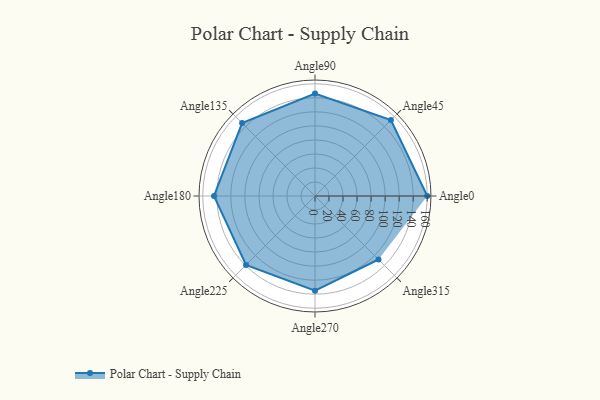
{"axis": {"x": "Angle", "y": "Radius"}, "legend": [""], "data": [{"x": "Angle0", "y": 160.0, "type": ""}, {"x": "Angle45", "y": 153.0, "type": ""}, {"x": "Angle90", "y": 146.0, "type": ""}, {"x": "Angle135", "y": 147.0, "type": ""}, {"x": "Angle180", "y": 144.0, "type": ""}, {"x": "Angle225", "y": 139.0, "type": ""}, {"x": "Angle270", "y": 135.0, "type": ""}, {"x": "Angle315", "y": 128.0, "type": ""}]}